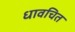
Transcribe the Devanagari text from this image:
धावचित